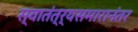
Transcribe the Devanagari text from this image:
स्वातंत्र्यसमारानंतर